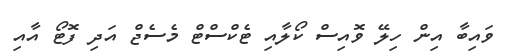
ވައިބާ އިން ހިލޭ ވޮއިސް ކޯލާއި ޓެކްސްޓް މެސެޖް އަދި ފޮޓޯ އާއި